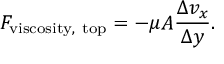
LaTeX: F _ { \mathrm { v i s c o s i t y , ~ t o p } } = - \mu A { \frac { \Delta v _ { x } } { \Delta y } } .